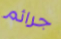
جرائم